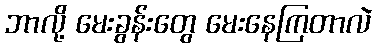
ဘာလို့ မေးခွန်းတွေ မေးနေကြတာလဲ